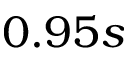
0 . 9 5 s